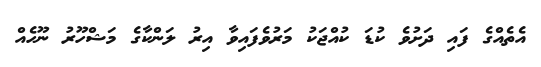
އެތެއްގެ ފައި ދަށުވެ ކުޑަ ކުއްޖަކު މަރުވެފައިވާ އިރު ލަންކާގެ މަޝްހޫރު ނޫހެއް